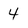
Character: 4